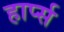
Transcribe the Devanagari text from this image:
हार्प्स